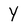
Character: Y